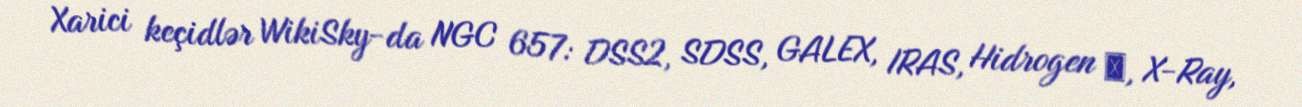
Xarici keçidlər WikiSky-da NGC 657: DSS2, SDSS, GALEX, IRAS, Hidrogen α, X-Ray,